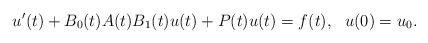
LaTeX: \begin{align*}u'(t) + B_0(t) A(t) B_1(t) u(t) + P(t) u(t) = f(t), \ \ u(0) = u_0.\end{align*}